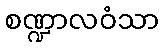
စဏ္ဍာလဝံသာ